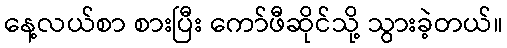
နေ့လယ်စာ စားပြီး ကော်ဖီဆိုင်သို့ သွားခဲ့တယ်။